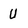
Character: U